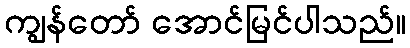
ကျွန်တော် အောင်မြင်ပါသည်။